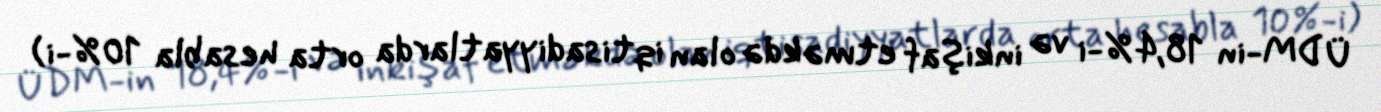
ÜDM-in 18,4%-i və inkişaf etməkdə olan iqtisadiyyatlarda orta hesabla 10%-i)